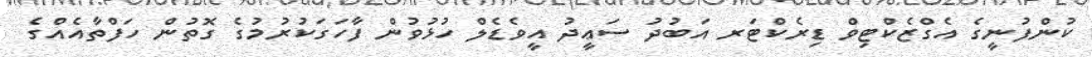
ކުންފުނީގެ އެގްޒެކްޓިވް ޑިރެކްޓަރ އަބުދު ސަޢީދު އީވެޑެލް ހުޅުވުން ފާހަގަކުރުމުގެ ގޮތުން ހަފްތާއެއްގެ